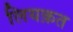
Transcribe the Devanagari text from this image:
लियक़त